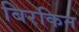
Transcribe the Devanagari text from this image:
बिरकिन